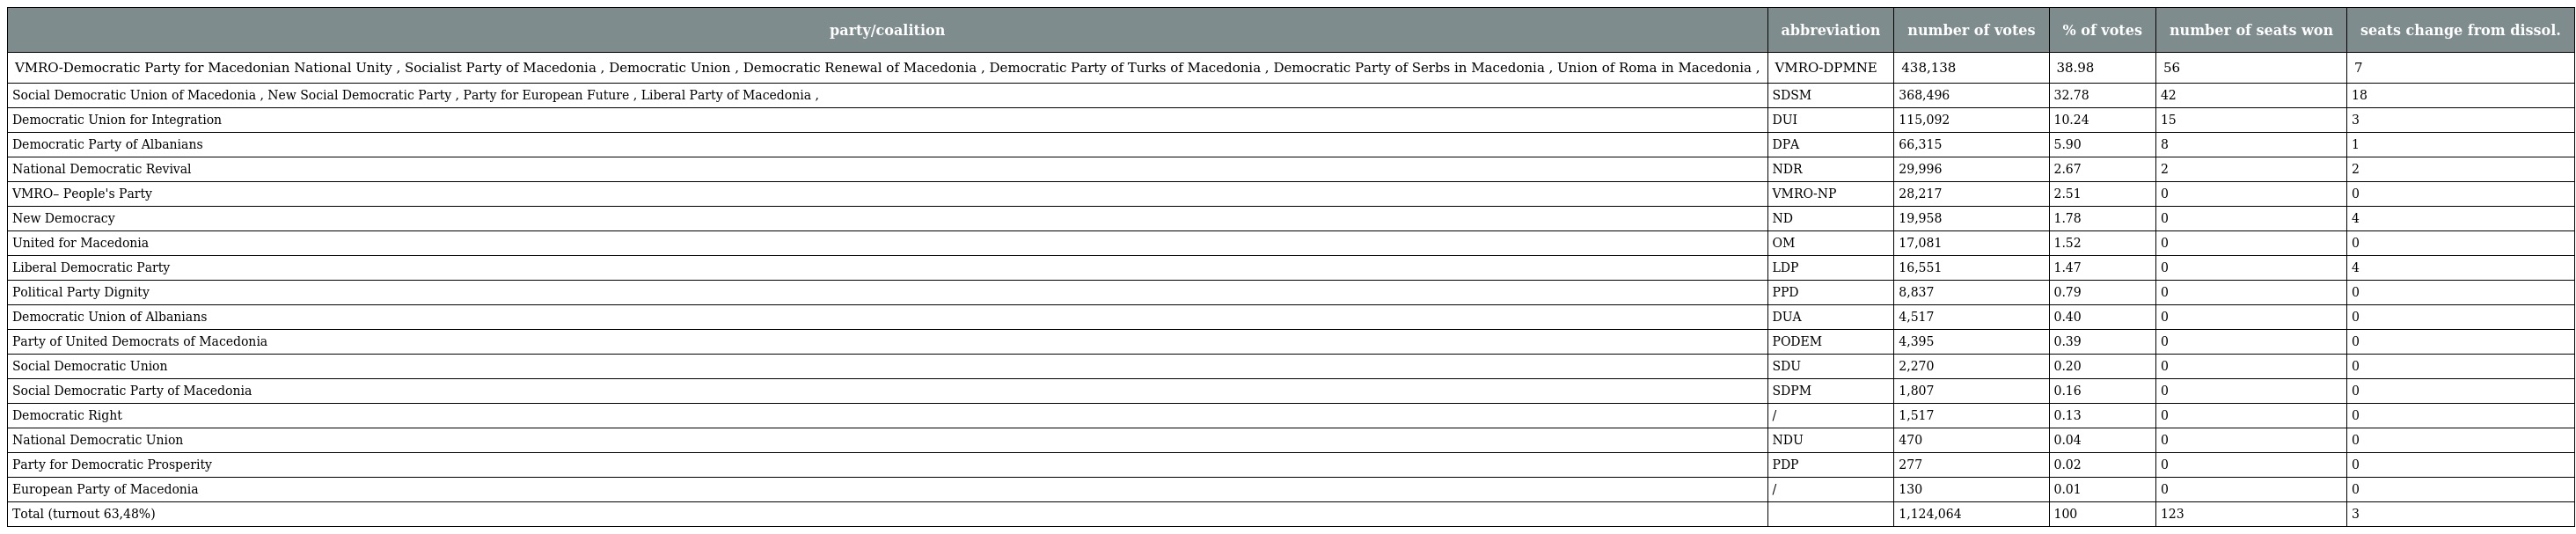
| party/coalition | abbreviation | number of votes | % of votes | number of seats won | seats change from dissol. |
 | --- | --- | --- | --- | --- | --- |
 | VMRO-Democratic Party for Macedonian National Unity , Socialist Party of Macedonia , Democratic Union , Democratic Renewal of Macedonia , Democratic Party of Turks of Macedonia , Democratic Party of Serbs in Macedonia , Union of Roma in Macedonia , | VMRO-DPMNE | 438,138 | 38.98 | 56 | 7 |
 | Social Democratic Union of Macedonia , New Social Democratic Party , Party for European Future , Liberal Party of Macedonia , | SDSM | 368,496 | 32.78 | 42 | 18 |
 | Democratic Union for Integration | DUI | 115,092 | 10.24 | 15 | 3 |
 | Democratic Party of Albanians | DPA | 66,315 | 5.90 | 8 | 1 |
 | National Democratic Revival | NDR | 29,996 | 2.67 | 2 | 2 |
 | VMRO– People's Party | VMRO-NP | 28,217 | 2.51 | 0 | 0 |
 | New Democracy | ND | 19,958 | 1.78 | 0 | 4 |
 | United for Macedonia | OM | 17,081 | 1.52 | 0 | 0 |
 | Liberal Democratic Party | LDP | 16,551 | 1.47 | 0 | 4 |
 | Political Party Dignity | PPD | 8,837 | 0.79 | 0 | 0 |
 | Democratic Union of Albanians | DUA | 4,517 | 0.40 | 0 | 0 |
 | Party of United Democrats of Macedonia | PODEM | 4,395 | 0.39 | 0 | 0 |
 | Social Democratic Union | SDU | 2,270 | 0.20 | 0 | 0 |
 | Social Democratic Party of Macedonia | SDPM | 1,807 | 0.16 | 0 | 0 |
 | Democratic Right | / | 1,517 | 0.13 | 0 | 0 |
 | National Democratic Union | NDU | 470 | 0.04 | 0 | 0 |
 | Party for Democratic Prosperity | PDP | 277 | 0.02 | 0 | 0 |
 | European Party of Macedonia | / | 130 | 0.01 | 0 | 0 |
 | Total (turnout 63,48%) |  | 1,124,064 | 100 | 123 | 3 |